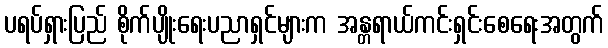
ပရပ်ရှားပြည် စိုက်ပျိုးရေးပညာရှင်များက အန္တရာယ်ကင်းရှင်းစေရေးအတွက်